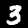
Digit: 3